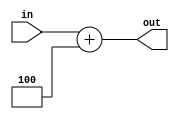
`timescale 1ns / 1ps
//////////////////////////////////////////////////////////////////////////////////
// Company: 
// Engineer: 
// 
// Design Name: 
// Module Name:    ADD4 
// Project Name: 
// Target Devices: 
// Tool versions: 
// Description: 
//
// Dependencies: 
//
// Revision: 
// Revision 0.01 - File Created
// Additional Comments: 
//
//////////////////////////////////////////////////////////////////////////////////
module ADD4(input [31:0] in, output reg [31:0] out);

	always@(in) begin
		out = in + 32'b00000000000000000000000000000100;
	end
	
endmodule